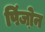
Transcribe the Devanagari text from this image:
पिंजो़न